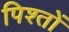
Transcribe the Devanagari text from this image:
पिश्तों